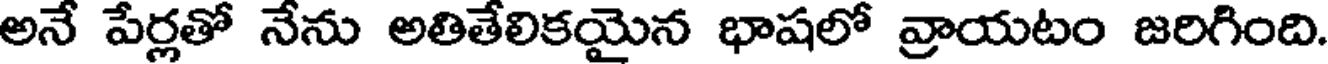
అనే పేర్లతో నేను అతితేలికయైన భాషలో వ్రాయటం జరిగింది.